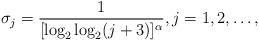
LaTeX: \begin{align*}\sigma_j=\frac{1}{[\log_2 \log_2(j+3)]^\alpha},j=1,2,\dots,\end{align*}